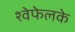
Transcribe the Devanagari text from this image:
श्वेफेलके